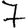
Digit: 7